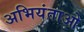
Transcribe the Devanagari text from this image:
अभियंताओ